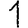
Digit: 1